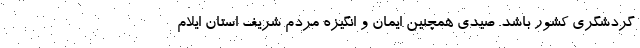
گردشگری کشور باشد. صیدی همچنین ایمان و انگیزه مردم شریف استان ایلام